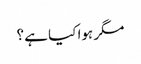
مگر ہوا کیا ہے ؟